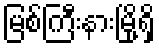
မြစ်ကြီးနားမြို့ရှိ